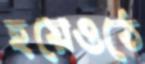
হয়েওঠে